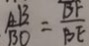
\frac { A B } { B D } = \frac { B F } { B E }